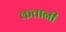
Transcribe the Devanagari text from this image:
कतानी